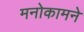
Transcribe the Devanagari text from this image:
मनोकामने